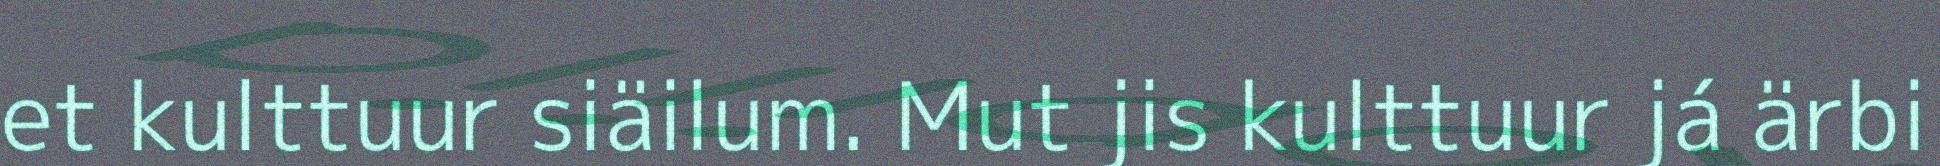
et kulttuur siäilum. Mut jis kulttuur já ärbi